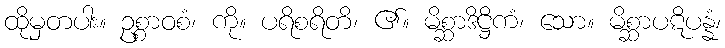
ထိုမှတပါး။ ဥစ္စာဝစံ၊ ကို။ ပရိစရိတိ၊ ၏။ မိစ္ဆာဒိဋ္ဌိကံ၊ သော။ မိစ္ဆာပဋိပန္နံ၊